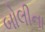
બોલીના